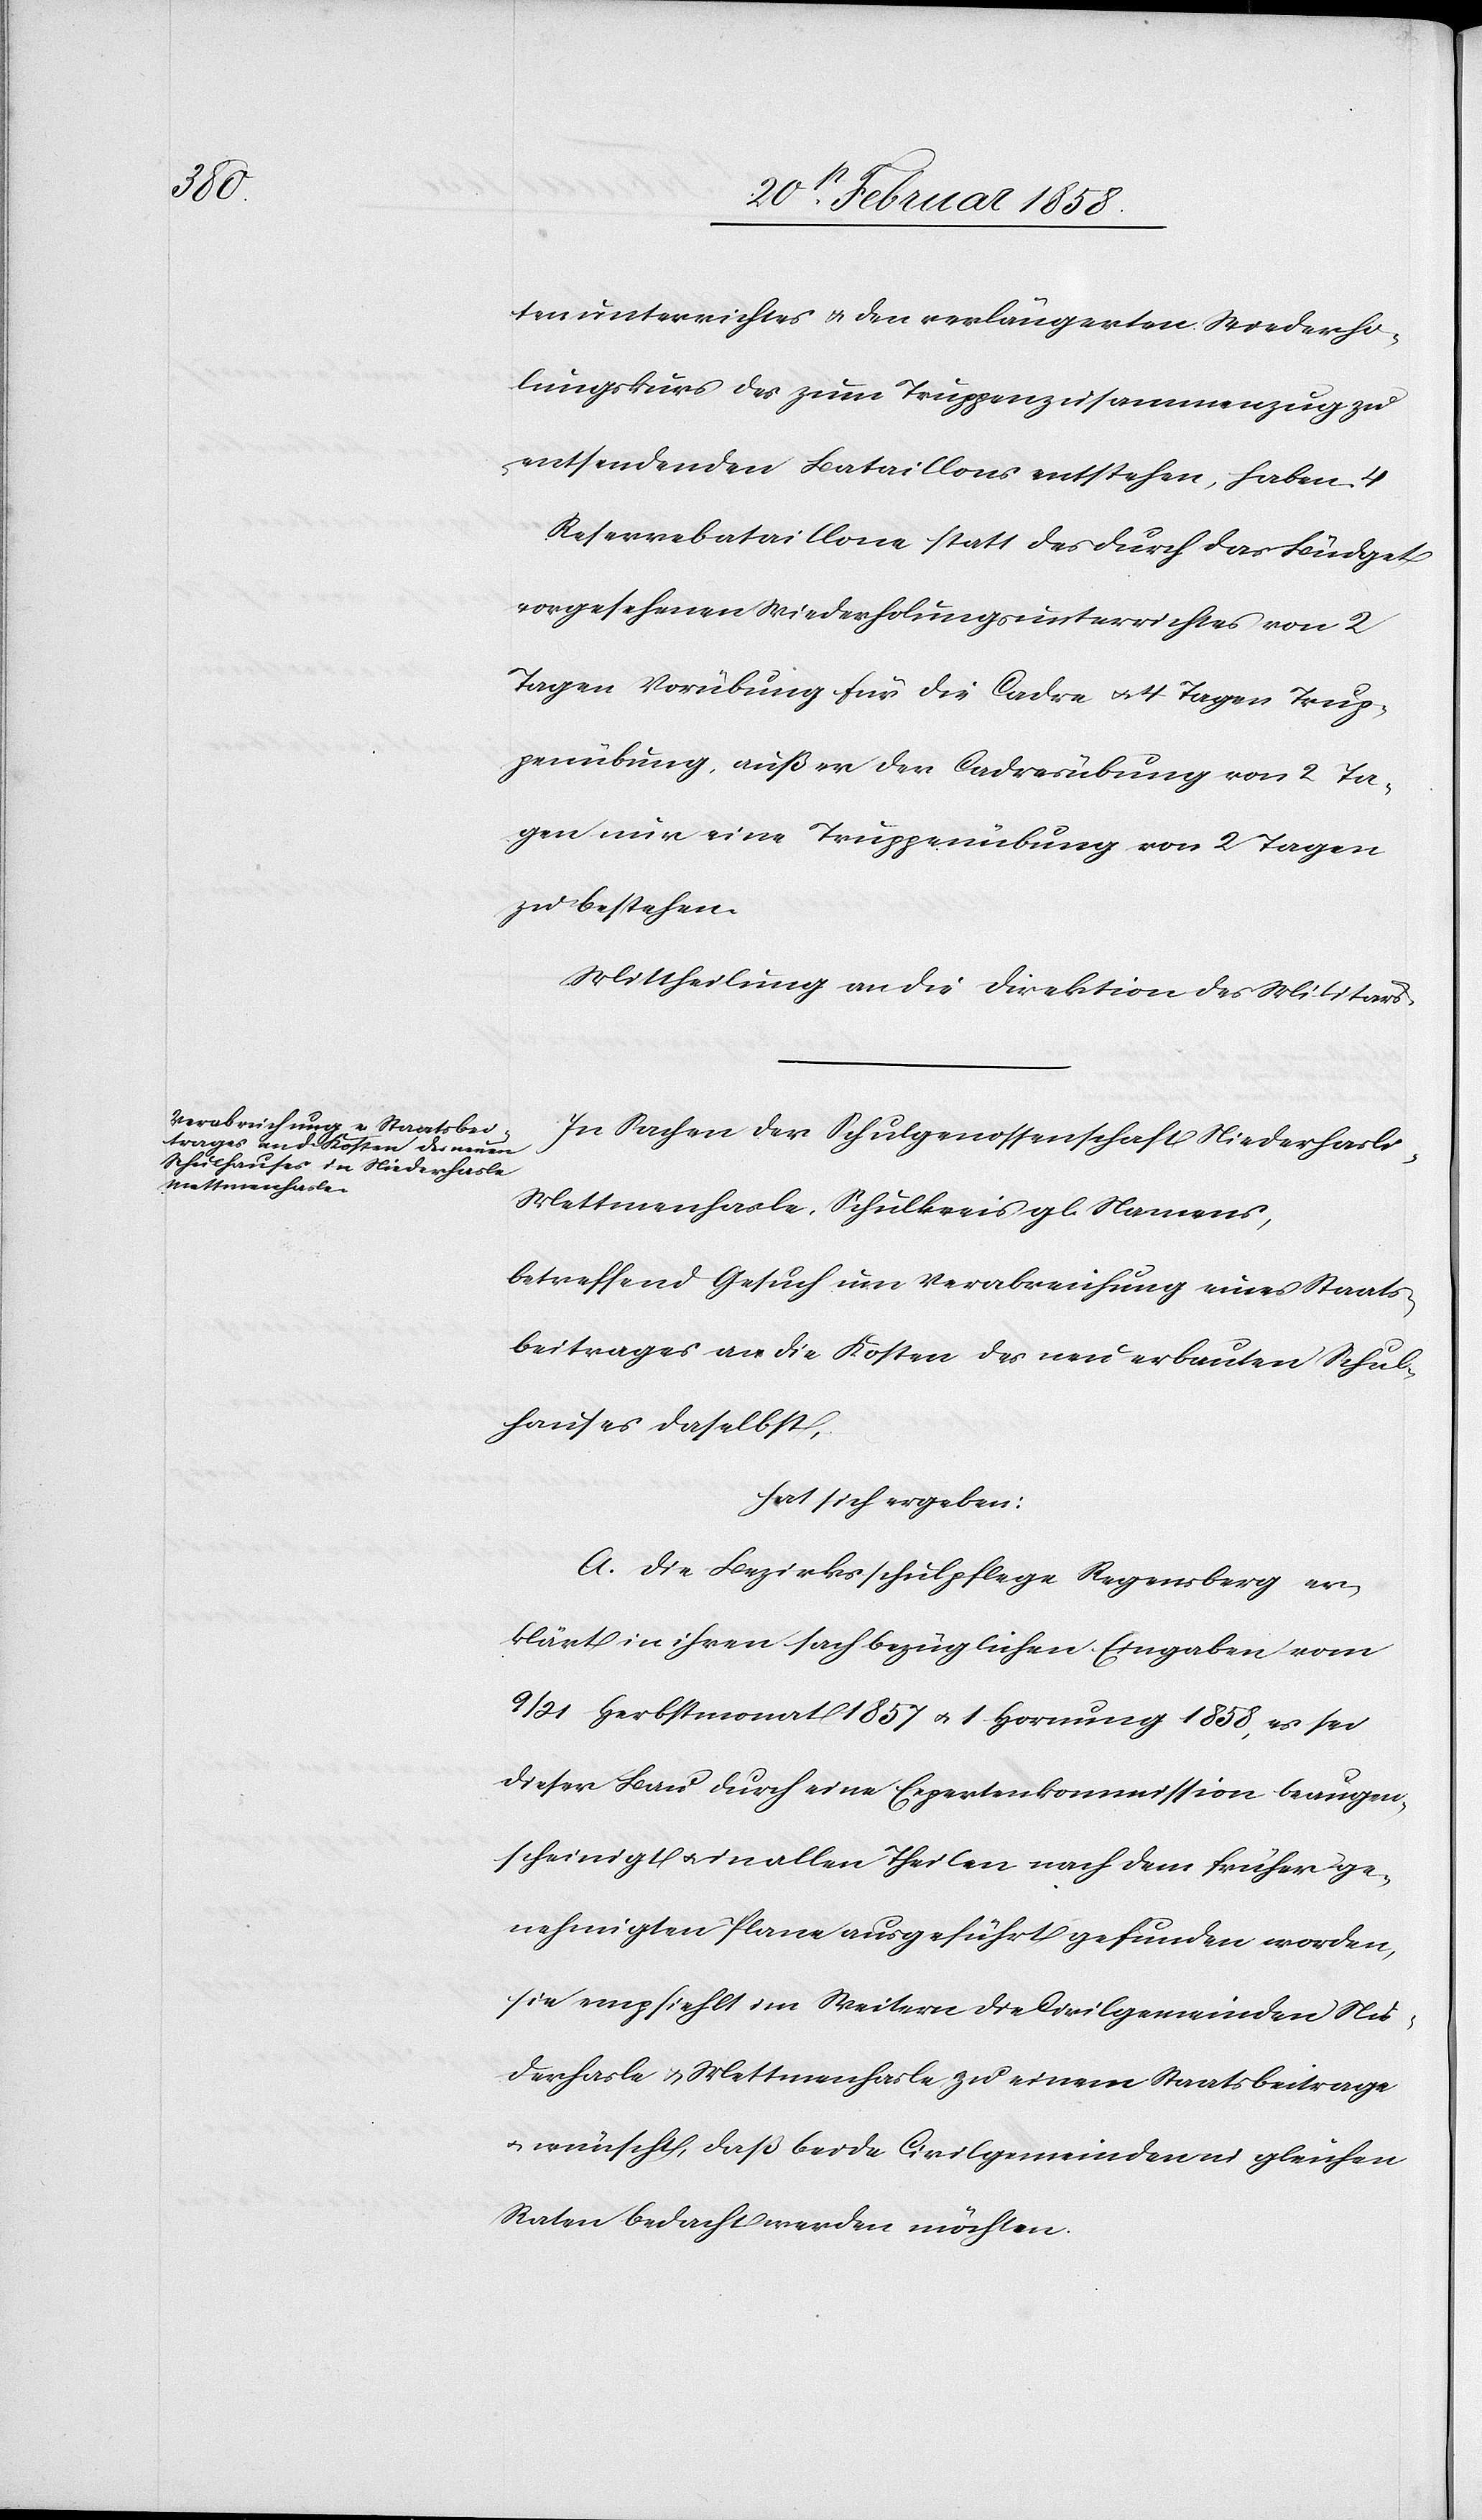
tenunterrichtes u. den verlängerten Wiederho¬
lungskurs des zum Truppenzusammenzug zu
entsendenden Bataillons entstehen, haben 4
Reservebataillone statt des durch das Büdget
vorgesehenen Wiederholungsunterrichtes von 2
Tagen Vorübung für die Cadre u. 4 Tagen Trup¬
penübung, außer der Cadresübung von 2 Ta¬
gen nur eine Truppenübung von 2 Tagen
zu bestehen.
Mittheilung an die Direktion des Militärs.
In Sachen der Schulgenossenschaft Niederhasli-M¬
ettmenhasle, Schulkreis gl. Namens,
betreffend Gesuch um Verabreichung eines Staats¬
beitrages an die Kosten des neu erbauten Schul¬
hauses daselbst,
hat sich ergeben:
A. Die Bezirksschulpflege Regensberg er¬
klärt in ihren sachbezüglichen Eingaben vom
9/21 Herbstmonat 1857 u. 1 Hornung 1858, es sei
dieser Bau durch eine Expertenkommission beaugen¬
scheinigt u. in allen Theilen nach dem früher ge¬
nehmigten Plane ausgeführt gefunden worden,
sie empfiehlt im Weitern die Civilgemeinden Nie¬
derhasle u. Mettmenhasle zu einem Staatsbeitrage
u. wünscht, daß beide Civilgemeinden in gleichen
Raten bedacht werden möchten.